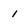
Character: 1